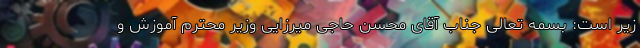
زیر است: بسمه تعالی جناب آقای محسن حاجی میرزایی وزیر محترم آموزش و